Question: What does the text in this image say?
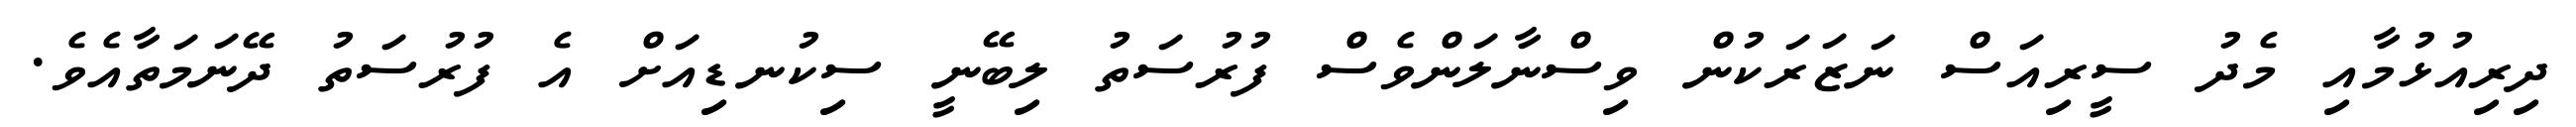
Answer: ދިރިއުޅުމާއި މެދު ސީރިއަސް ނަޒަރަކުން ވިސްނާލަންވެސް ފުރުސަތު ލިބޭނީ ސިކުނޑިއަށް އެ ފުރުސަތު ދޭނަމަތާއެވެ.